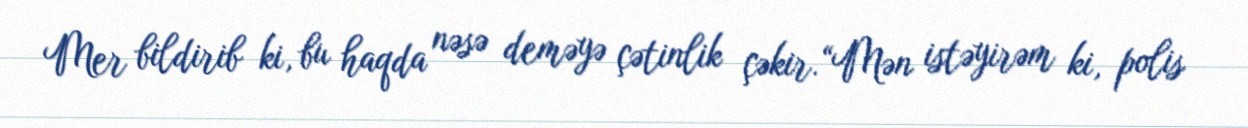
Mer bildirib ki, bu haqda nəsə deməyə çətinlik çəkir.“Mən istəyirəm ki, polis